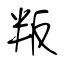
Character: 叛